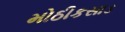
મોઠીકસાડ